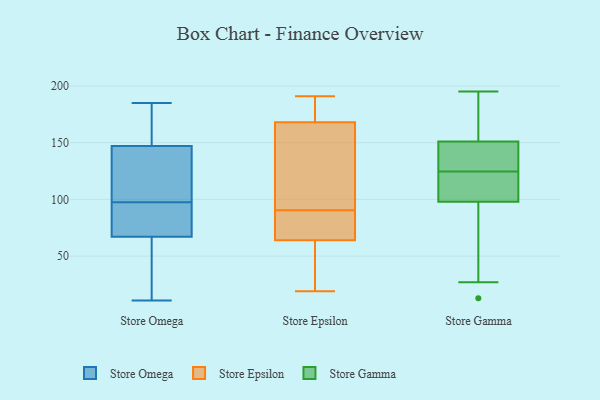
{"axis": {"x": "Demand Index", "y": "Value"}, "legend": ["Store Epsilon", "Store Gamma", "Store Omega"], "data": [{"x": "", "y": 185, "type": "Store Omega"}, {"x": "", "y": 164, "type": "Store Omega"}, {"x": "", "y": 169, "type": "Store Omega"}, {"x": "", "y": 39, "type": "Store Omega"}, {"x": "", "y": 131, "type": "Store Omega"}, {"x": "", "y": 75, "type": "Store Omega"}, {"x": "", "y": 160, "type": "Store Omega"}, {"x": "", "y": 78, "type": "Store Omega"}, {"x": "", "y": 103, "type": "Store Omega"}, {"x": "", "y": 46, "type": "Store Omega"}, {"x": "", "y": 103, "type": "Store Omega"}, {"x": "", "y": 59, "type": "Store Omega"}, {"x": "", "y": 92, "type": "Store Omega"}, {"x": "", "y": 86, "type": "Store Omega"}, {"x": "", "y": 92, "type": "Store Omega"}, {"x": "", "y": 112, "type": "Store Omega"}, {"x": "", "y": 134, "type": "Store Omega"}, {"x": "", "y": 37, "type": "Store Omega"}, {"x": "", "y": 177, "type": "Store Omega"}, {"x": "", "y": 11, "type": "Store Omega"}, {"x": "", "y": 28, "type": "Store Epsilon"}, {"x": "", "y": 115, "type": "Store Epsilon"}, {"x": "", "y": 170, "type": "Store Epsilon"}, {"x": "", "y": 89, "type": "Store Epsilon"}, {"x": "", "y": 64, "type": "Store Epsilon"}, {"x": "", "y": 168, "type": "Store Epsilon"}, {"x": "", "y": 83, "type": "Store Epsilon"}, {"x": "", "y": 92, "type": "Store Epsilon"}, {"x": "", "y": 19, "type": "Store Epsilon"}, {"x": "", "y": 191, "type": "Store Epsilon"}, {"x": "", "y": 195, "type": "Store Gamma"}, {"x": "", "y": 132, "type": "Store Gamma"}, {"x": "", "y": 13, "type": "Store Gamma"}, {"x": "", "y": 87, "type": "Store Gamma"}, {"x": "", "y": 115, "type": "Store Gamma"}, {"x": "", "y": 124, "type": "Store Gamma"}, {"x": "", "y": 133, "type": "Store Gamma"}, {"x": "", "y": 110, "type": "Store Gamma"}, {"x": "", "y": 125, "type": "Store Gamma"}, {"x": "", "y": 27, "type": "Store Gamma"}, {"x": "", "y": 186, "type": "Store Gamma"}, {"x": "", "y": 109, "type": "Store Gamma"}, {"x": "", "y": 57, "type": "Store Gamma"}, {"x": "", "y": 154, "type": "Store Gamma"}, {"x": "", "y": 178, "type": "Store Gamma"}, {"x": "", "y": 148, "type": "Store Gamma"}]}